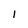
Character: I